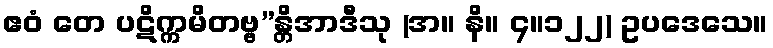
ဧဝံ တေ ပဋိက္ကမိတဗ္ဗ”န္တိအာဒီသု (အ။ နိ။ ၄။၁၂၂) ဥပဒေသေ။